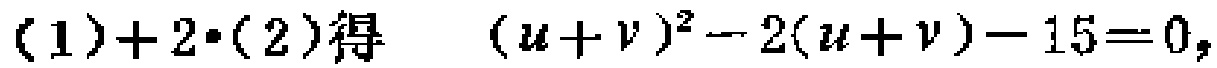
$(1)+2\cdot(2)\text{得}\quad (u + v)^2 - 2(u + v) - 15 = 0,$